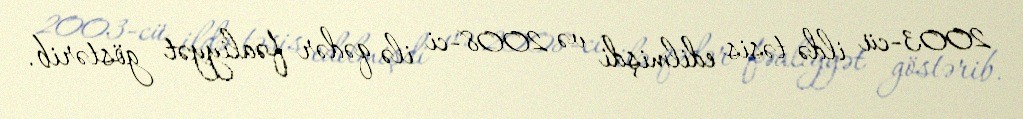
2003-cü ildə təsis edilmişdi və 2008-ci ilə qədər fəaliyyət göstərib.